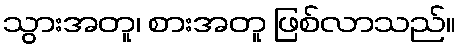
သွားအတူ၊ စားအတူ ဖြစ်လာသည်။